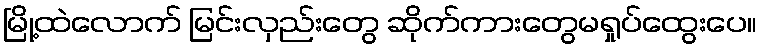
မြို့ထဲလောက် မြင်းလှည်းတွေ ဆိုက်ကားတွေမရှုပ်ထွေးပေ။